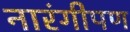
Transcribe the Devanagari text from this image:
नारंगीपण